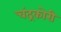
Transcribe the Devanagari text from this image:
चंद्रकोरी